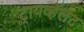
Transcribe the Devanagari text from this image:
ट्रायव्हॅलंट